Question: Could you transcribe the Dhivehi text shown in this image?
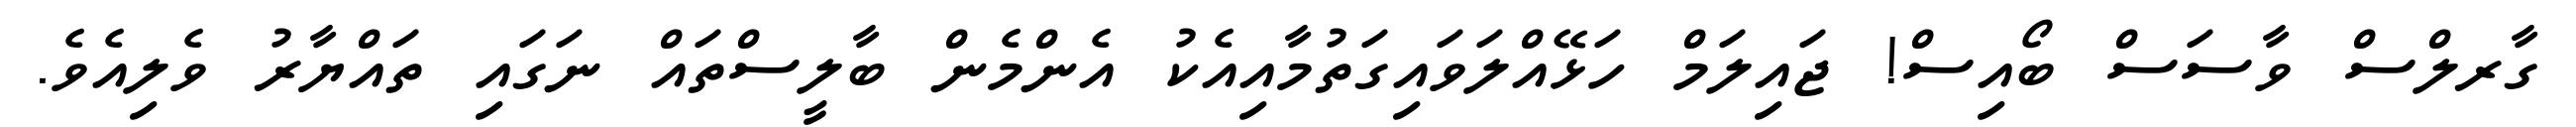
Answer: ގާރލްސް ވާސަސް ބޯއިސް! ޖައިލަމް ހަޅޭއްލަވައިގަތުމާއިއެކު އެންމެން ބާލީސްތައް ނަގައި ތައްޔާރު ވެލިއެވެ.